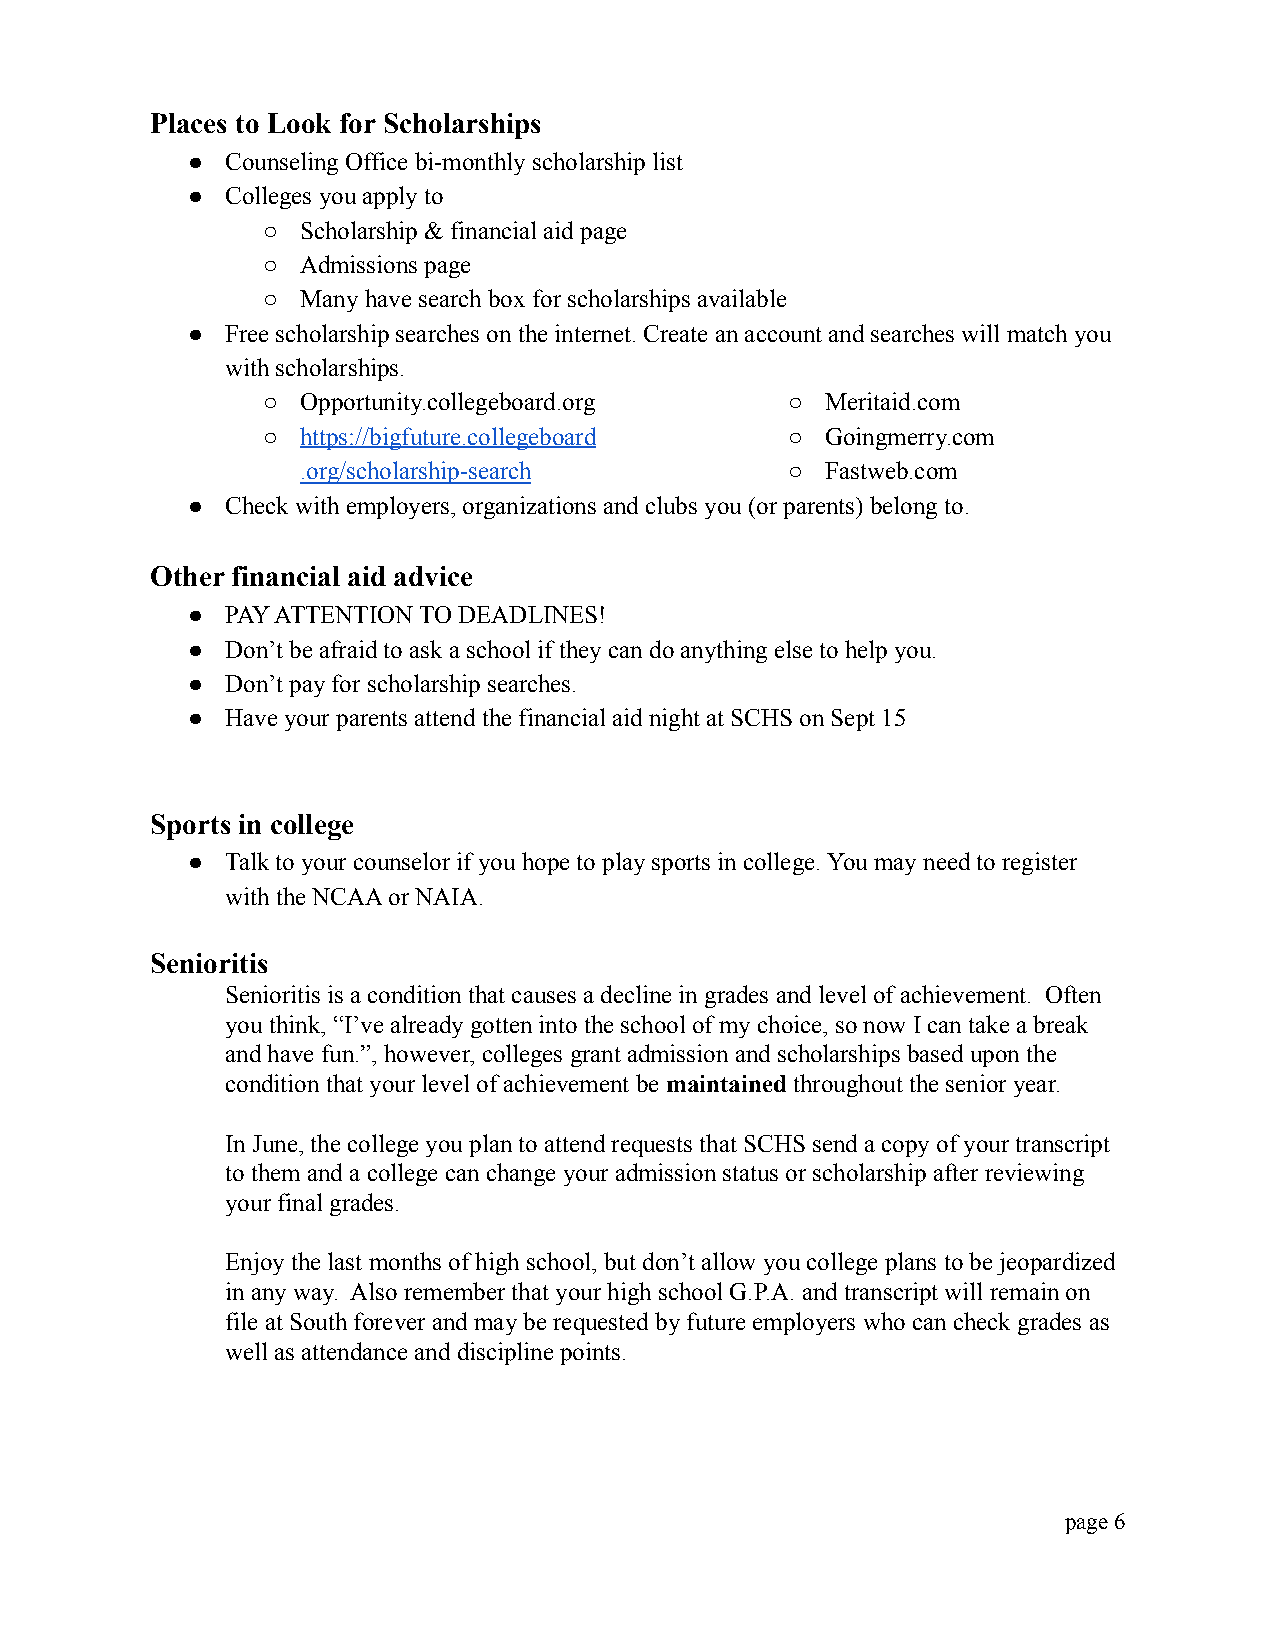
Places to Look for Scholarships
 ●  Counseling Office bi-monthly scholarship list
 ●  Colleges you apply to
 ○  Scholarship & financial aid page
 ○  Admissions page
 ○  Many have search box for scholarships available
 ●  Free scholarship searches on the internet. Create an account and searches will match you
 with scholarships.
 ○  Opportunity.collegeboard.org    ○  Meritaid.com
 ○  https://bigfuture.collegeboard  ○  Goingmerry.com
 .org/scholarship-search         ○  Fastweb.com
 ●  Check with employers, organizations and clubs you (or parents) belong to.
 Other financial aid advice
 ●  PAY ATTENTION TO DEADLINES!
 ●  Don’t be afraid to ask a school if they can do anything else to help you.
 ●  Don’t pay for scholarship searches.
 ●  Have your parents attend the financial aid night at SCHS on Sept 15
 Sports in college
 ●  Talk to your counselor if you hope to play sports in college. You may need to register
 with the NCAA or NAIA.
 Senioritis
 Senioritis is a condition that causes a decline in grades and level of achievement. Often
 you think, “I’ve already gotten into the school of my choice, so now I can take a break
 and have fun.”, however, colleges grant admission and scholarships based upon the
 condition that your level of achievement bemaintained throughout the senior year.
 In June, the college you plan to attend requests that SCHS send a copy of your transcript
 to them and a college can change your admission status or scholarship after reviewing
 your final grades.
 Enjoy the last months of high school, but don’t allow you college plans to be jeopardized
 in any way. Also remember that your high school G.P.A. and transcript will remain on
 file at South forever and may be requested by future employers who can check grades as
 well as attendance and discipline points.
 page 6